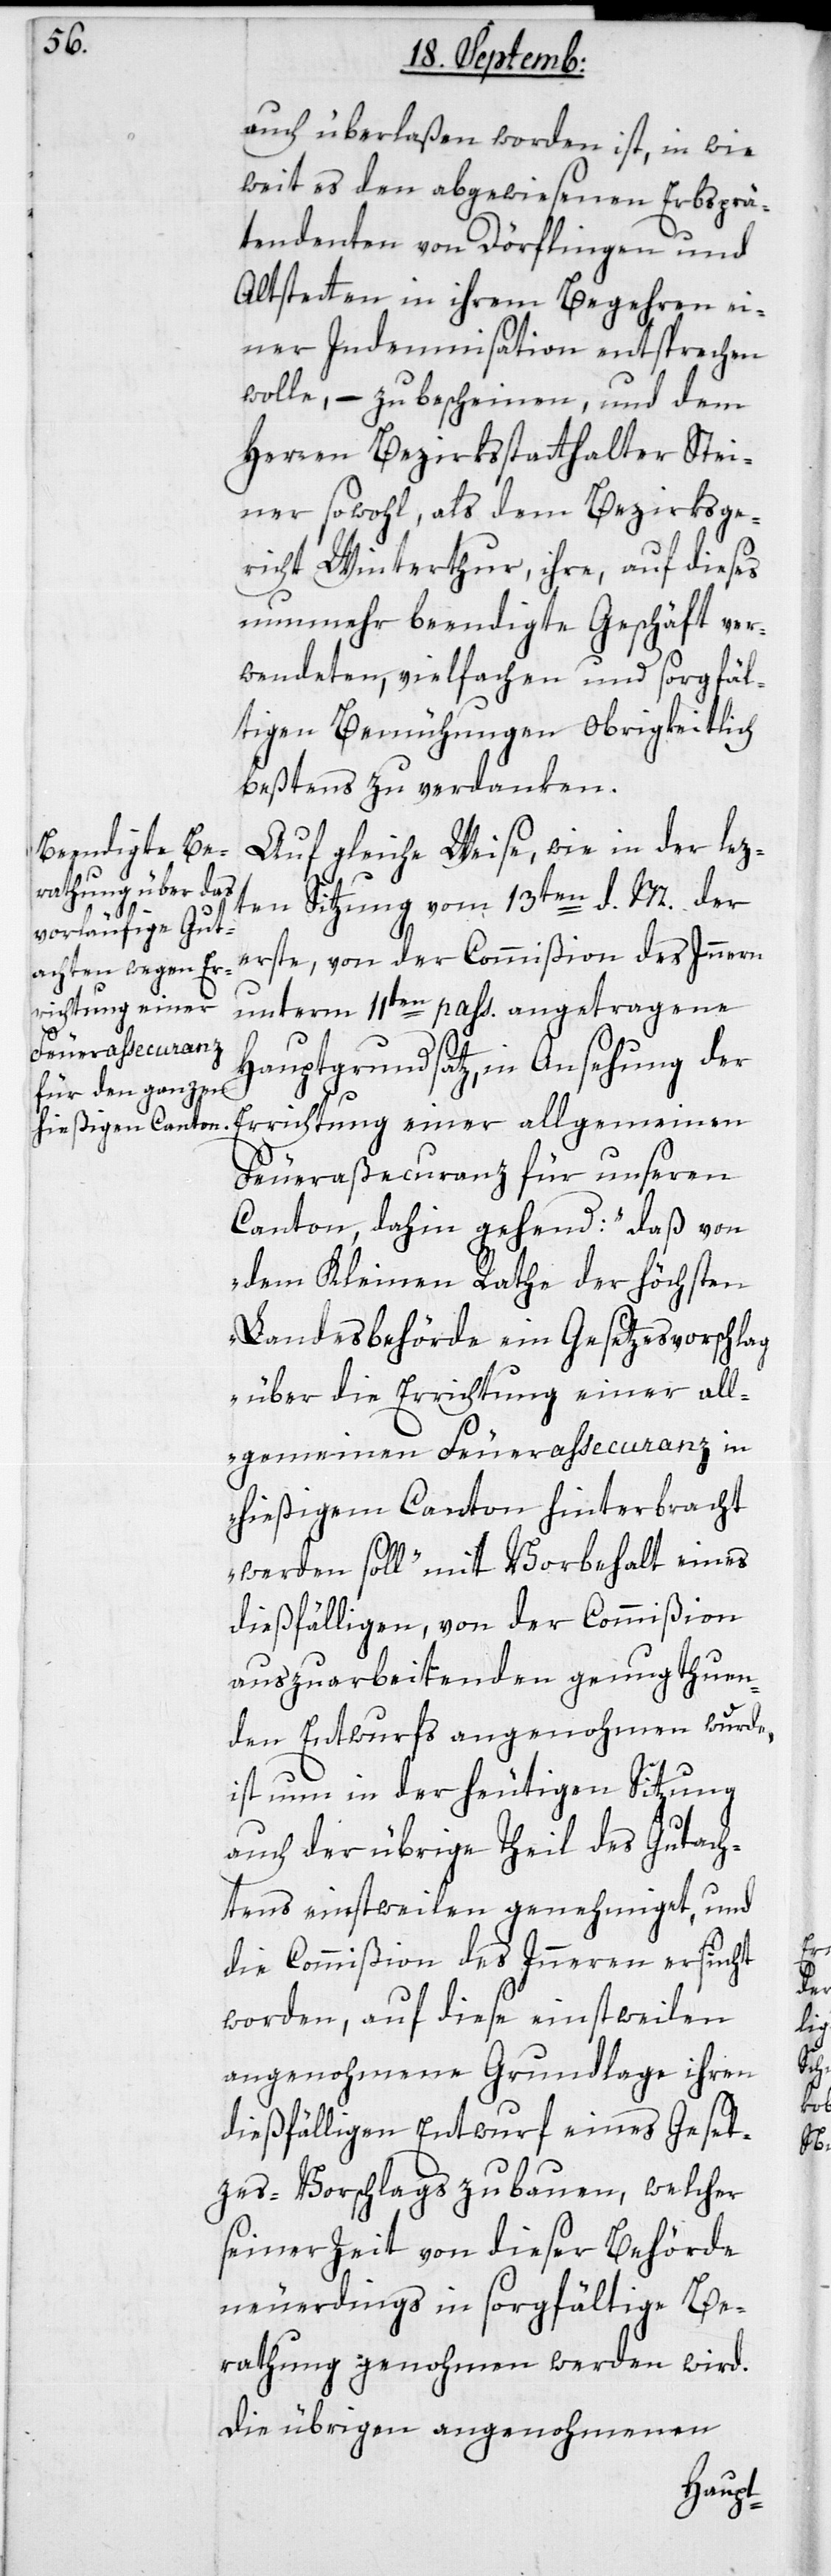
auch überlaßen worden ist, in wie
weit es den abgewiesenen Erbsprä¬
tendenten von Dörflingen und
Altstetten in ihrem Begehren ei¬
ner Indemnisation entsprechen
wolle, – zu bescheinen, und dem
Herren Bezirksstatthalter Stei¬
ner sowohl, als dem Bezirksge¬
richt Winterthur, ihre, auf dieses
nunmehr beendigte Geschäft ver¬
wendeten, vielfachen und sorgfäl¬
tigen Bemühungen Obrigkeitlich
beßtens zu verdanken.
Auf gleiche Weise, wie in der lez¬
ten Sitzung vom 13ten d. M., der
erste, von der Commißion des Innern
unterm 11ten passati angetragene
Hauptgrundsatz, in Ansehung der
Errichtung einer allgemeinen
Feueraßecuranz für unseren
Canton, dahin gehend: „daß von
dem Kleinen Rathe der höchsten
Landesbehörde ein Gesetzesvorschlag
über die Errichtung einer all¬
gemeinen Feuerassecuranz in
hießigem Canton hinterbracht
werden soll“, mit Vorbehalt eines
dießfälligen, von der Commißion
auszuarbeitenden genugthuen¬
den Entwurfs angenohmen wurde,
ist nun in der heutigen Sitzung
auch der übrige Theil des Gutach¬
tens einstweilen genehmiget, und
die Commißion des Innern ersucht
worden, auf diese einstweilen
angenohmene Grundlage ihren
dießfälligen Entwurf eines Geset¬
zes-Vorschlags zu bauen, welcher
seiner Zeit von dieser Behörde
neuerdings in sorgfältige Be¬
rathung genohmen werden wird.
Die übrigen angenohmenen